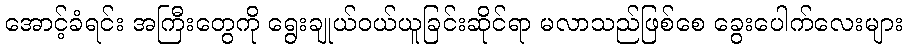
အောင့်ခံရင်း အကြီးတွေကို ရွေးချုယ်ဝယ်ယူခြင်းဆိုင်ရာ မလာသည်ဖြစ်စေ ခွေးပေါက်လေးများ